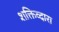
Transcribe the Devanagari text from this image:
शक्तिव्दारा